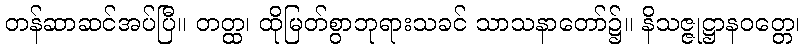
တန်ဆာဆင်အပ်ပြီ။ တတ္ထ၊ ထိုမြတ်စွာဘုရားသခင် သာသနာတော်၌။ နိသဇ္ဇုဋ္ဌာနဝတ္တေ၊